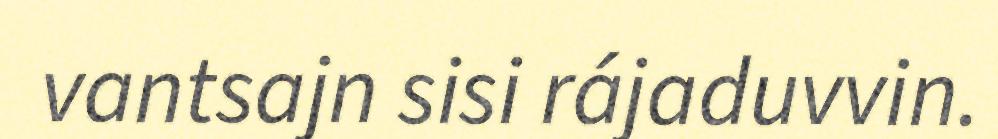
vantsajn sisi rájaduvvin.